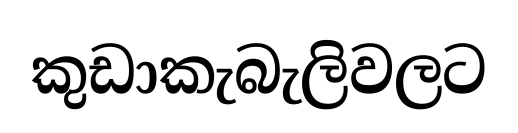
කුඩාකැබැලිවලට